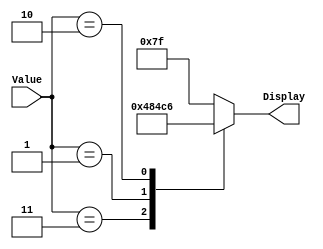
module seg7DisplayforFirst
(
	input [1:0] Value,
	output reg [6:0] Display
);

always@(Value)
		case(Value)
			2'b11: Display[6:0] = 7'b0010010;//S
			2'b01: Display[6:0] = 7'b0001001;//H
			2'b10: Display[6:0] = 7'b1000110;//C
			default: Display[6:0] = 7'b1111111; // OFf
		endcase	
		
endmodule